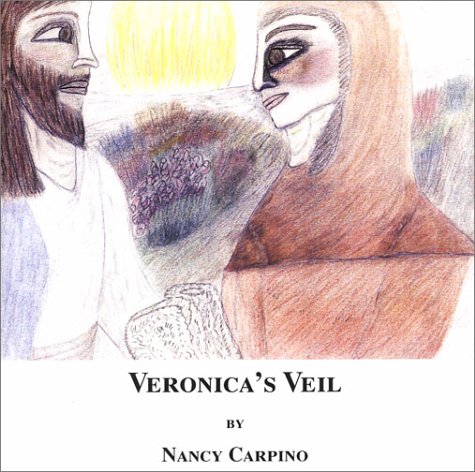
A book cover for Veronica's Veil; Nancy Carpino; Christian Books & Bibles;